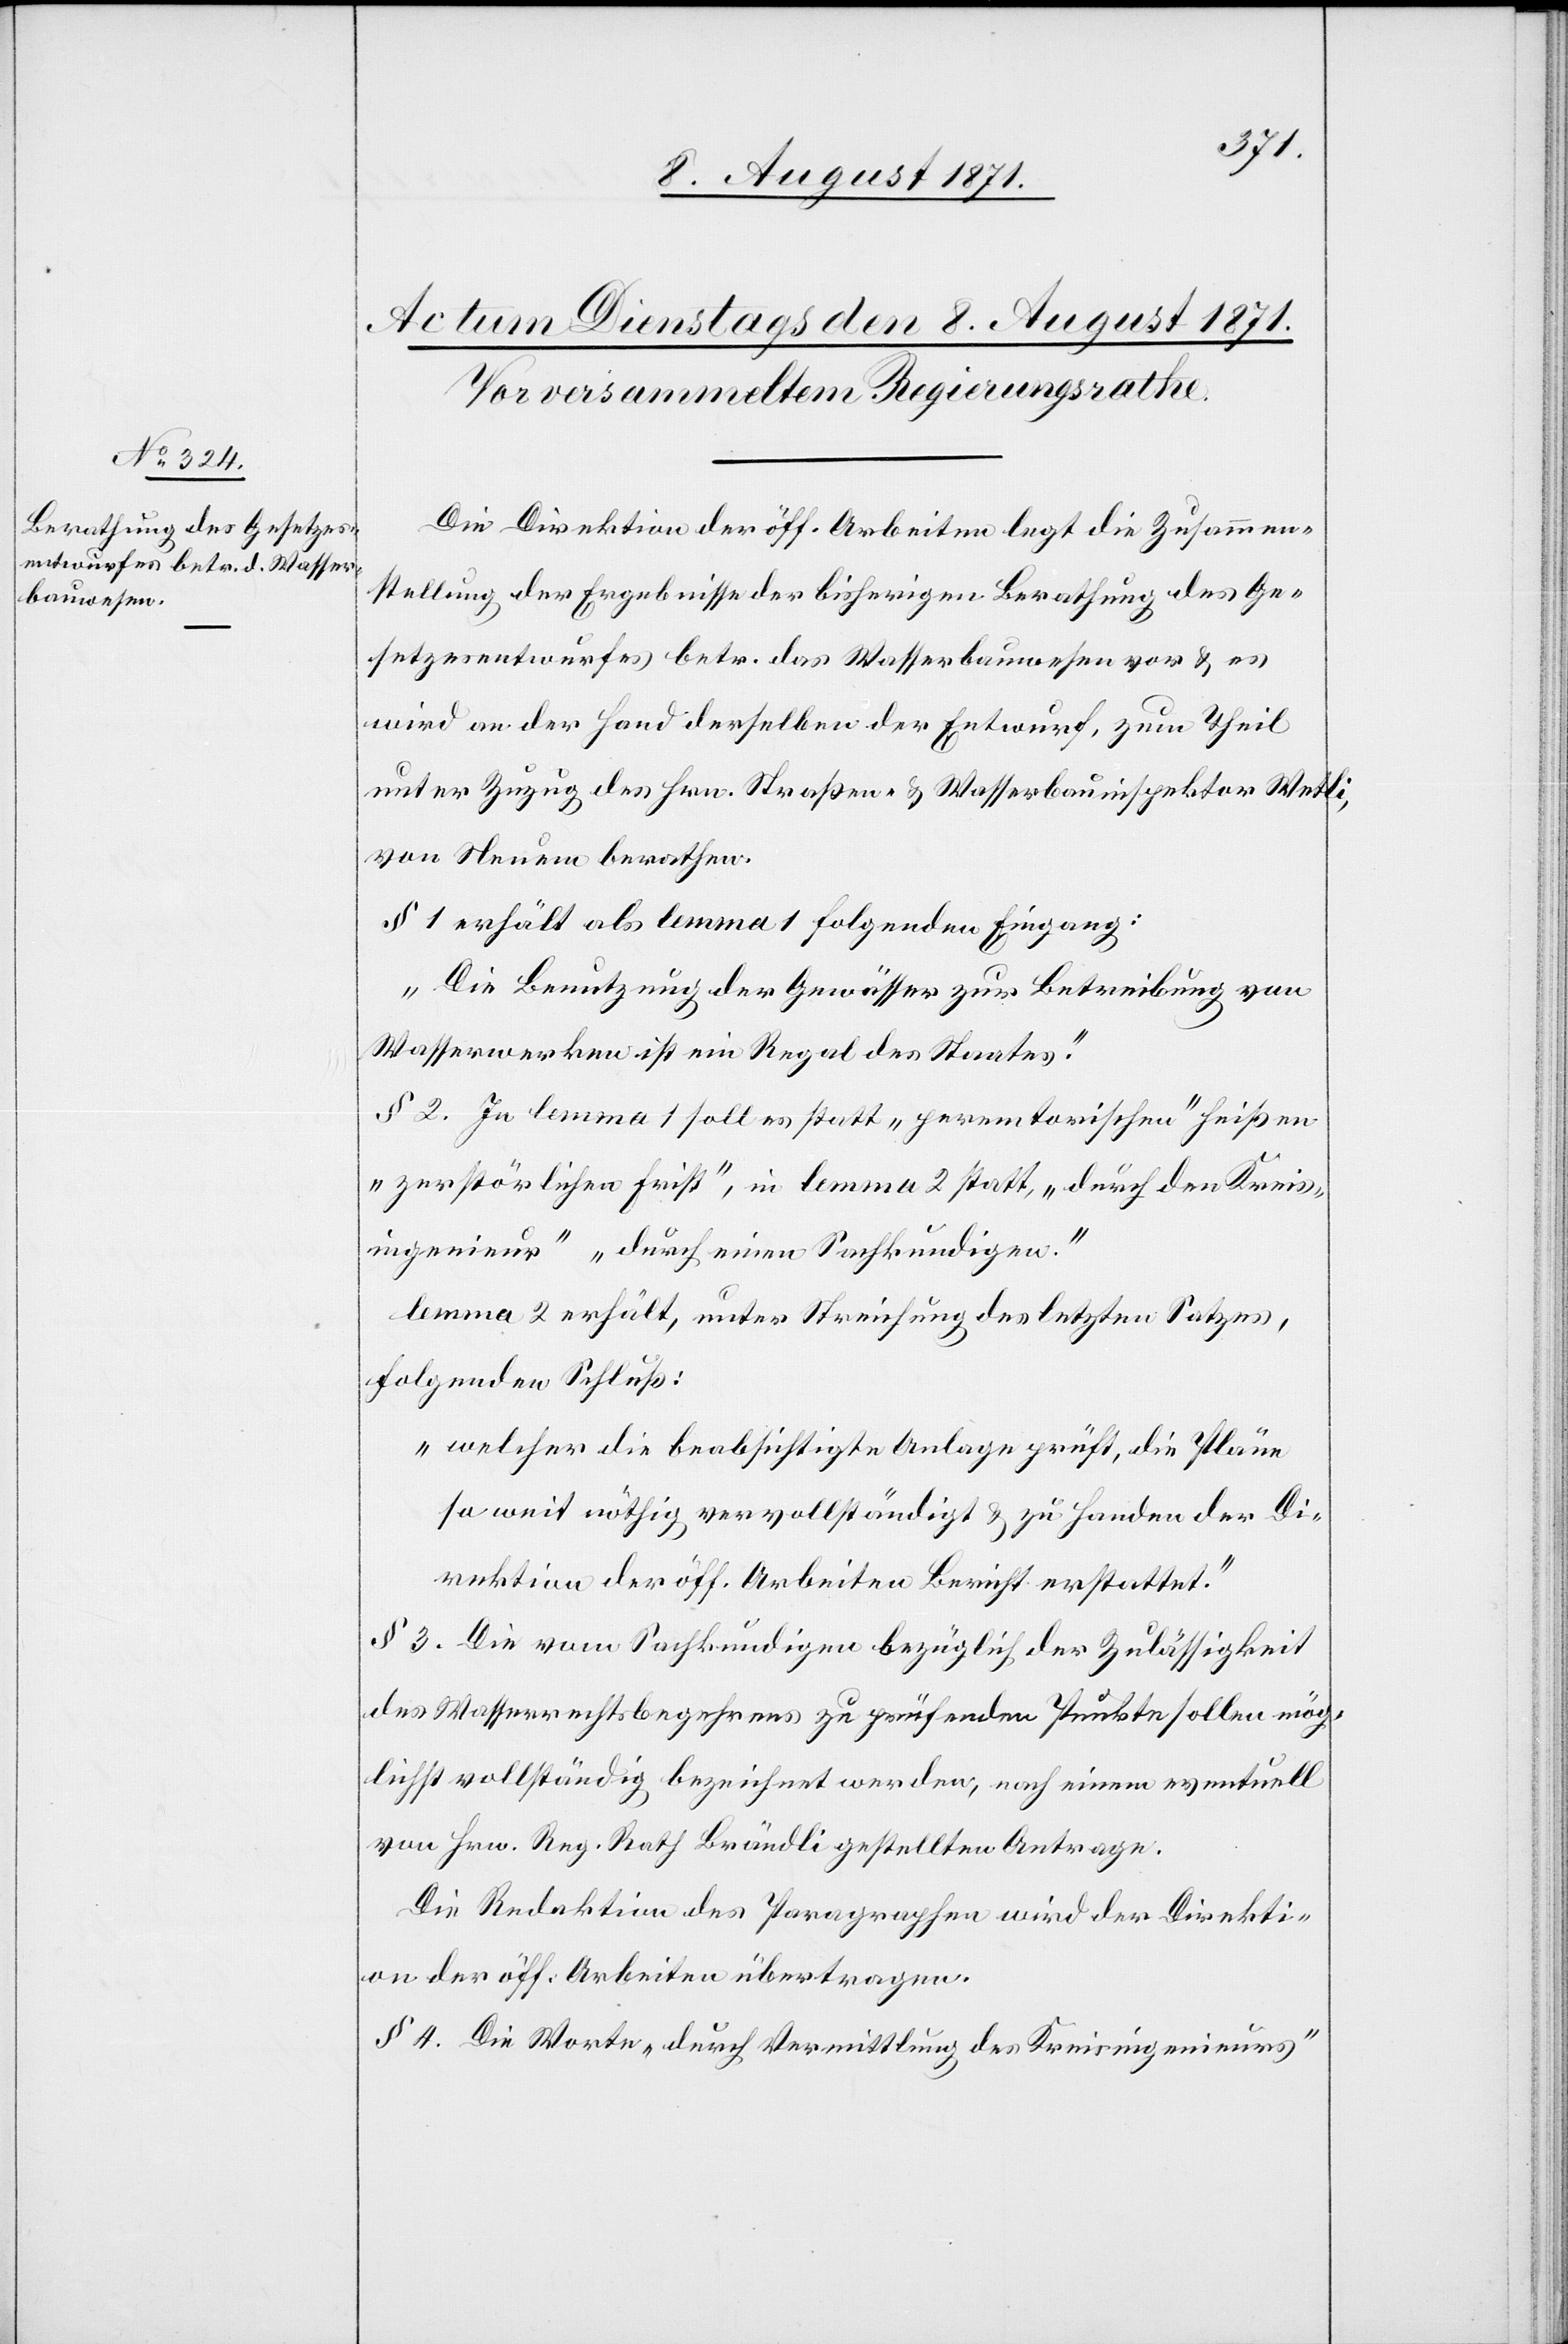
Die Direktion der öff. Arbeiten legt die Zusammen¬
stellung der Ergebnisse der bisherigen Berathung des Ge¬
setzesentwurfes betr. das Wasserbauwesen vor u. es
wird von der Hand derselben der Entwurf, zum Theil
unter Zuzug des Hrn. Straßen- u. Wasserbauinspektor Wetli,
von Neuem berathen.
§ 1 erhält als lemma 1 folgenden Eingang:
„Die Benutzung der Gewässer zur Betreibung von
Wasserwerken ist ein Regal des Staates.“
§ 2 .In lemma 1 soll es statt „peremtorischen“ heißen
„zerstörlichen Frist“, in lemma 2 statt „durch den Kreis¬
ingenieur“ „durch einen Sachkundigen.“
lemma 2 erhält, unter Streichung des letzten Satzes,
folgenden Schluß:
„welcher die beabsichtigte Anlage prüft, die Pläne
so wie nöthig vervollständigt u. zu Handen der Di¬
rektion der öff. Arbeiten Bericht erstattet.“
§ 3. Die vom Sachkundigen bezüglich der Zulässigkeit
des Wasserrechtsbegehrens zu prüfenden Punkte sollen mög¬
lichst vollständig bezeichnet werden, nach einem eventuell
von Hrn. Reg. Rath Brändli gestellten Antrage.
Die Redaktion des Paragraphen wird der Direkti¬
on der öff. Arbeiten übertragen.
§ 4. Die Worte „durch Vermittlung des Kreisingenieurs“